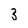
Character: 3